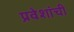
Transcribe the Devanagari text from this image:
प्रवेशांची